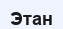
Этан